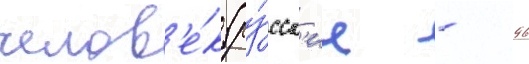
челов'е́к (ру́сск'ие - 96